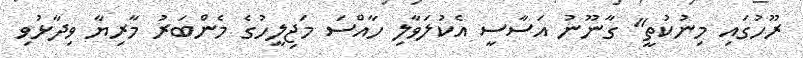
ރޫހުގައި މިނުކުތީ" ގާނޫނު އަސާސީ އެކުލަވާލި ހާއްސަ މަޖިލީހުގެ މެންބަރު މާރިޔާ ވިދާޅުވި